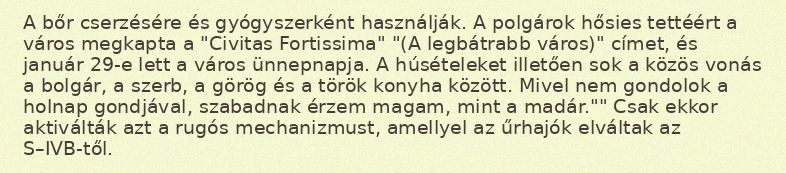
A bőr cserzésére és gyógyszerként használják. A polgárok hősies tettéért a város megkapta a "Civitas Fortissima" "(A legbátrabb város)" címet, és január 29-e lett a város ünnepnapja. A húsételeket illetően sok a közös vonás a bolgár, a szerb, a görög és a török konyha között. Mivel nem gondolok a holnap gondjával, szabadnak érzem magam, mint a madár."" Csak ekkor aktiválták azt a rugós mechanizmust, amellyel az űrhajók elváltak az S–IVB-től.